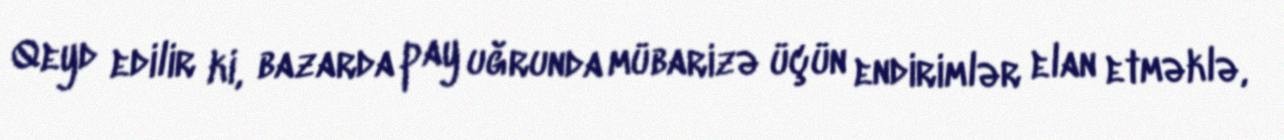
Qeyd edilir ki, bazarda pay uğrunda mübarizə üçün endirimlər elan etməklə,